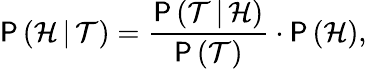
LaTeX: \mathsf{P}\, (\mathcal{H}\, |\, \mathcal{T})=\frac{\mathsf{P}\, (\mathcal{T}\, |\, \mathcal{H})}{\mathsf{P}\, (\mathcal{T})}\cdot\mathsf{P}\, (\mathcal{H}),